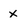
Character: x